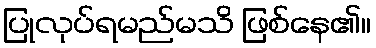
ပြုလုပ်ရမည်မသိ ဖြစ်နေ၏။